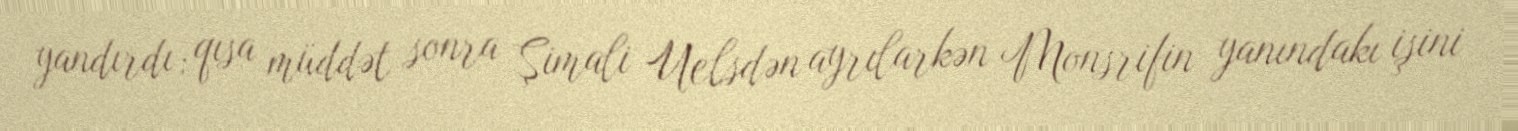
yandırdı; qısa müddət sonra Şimali Uelsdən ayrılarkən Monsrifin yanındakı işini